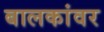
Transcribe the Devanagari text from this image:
बालकांवर